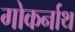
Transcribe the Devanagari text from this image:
गोकर्नाथ